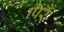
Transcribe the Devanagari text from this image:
पिरै